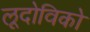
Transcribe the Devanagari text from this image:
लूदोविको